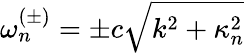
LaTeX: \omega_{n}^{(\pm)}=\pm c\sqrt{k^{2}+\kappa_{n}^{2}}